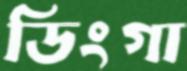
ডিংগা